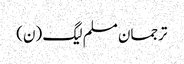
ترجمان مسلم لیگ (ن)